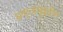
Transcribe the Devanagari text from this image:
अफ़्ताबुद्दीन